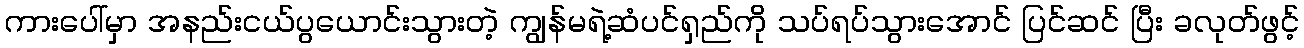
ကားပေါ်မှာ အနည်းငယ်ပွယောင်းသွားတဲ့ ကျွန်မရဲ့ဆံပင်ရှည်ကို သပ်ရပ်သွားအောင် ပြင်ဆင် ပြီး ခလုတ်ဖွင့်